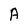
Character: A